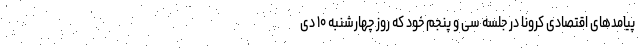
پیامد‌های اقتصادی کرونا در جلسه سی و پنجم خود که روز چهارشنبه ۱۰ دی